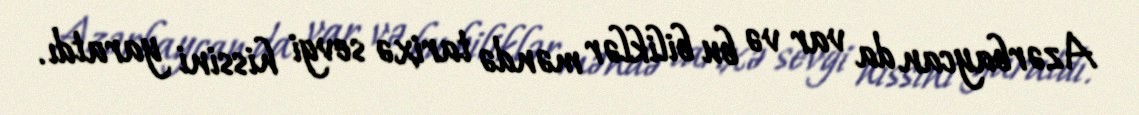
Azərbaycan da var və bu biliklər məndə tarixə sevgi hissini yaratdı.